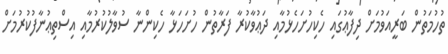
ތުހުމަތުން ބަރީއަވުމަށް ދިފާޢުގައި ހެކިހުށަހެޅުމާއި ދަޢުވާކުރާ ފަރާތުން ހުށަހަޅާ ހެކިންނާ ސުވާލުކުރުމާއި އިސްތިޢުނާފުކުރުމަށް